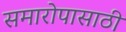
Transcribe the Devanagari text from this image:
समारोपासाठी